Indian journal of veterinary science and animal husbandry - Volumes 18-21, 1948-1951
Year: 1948
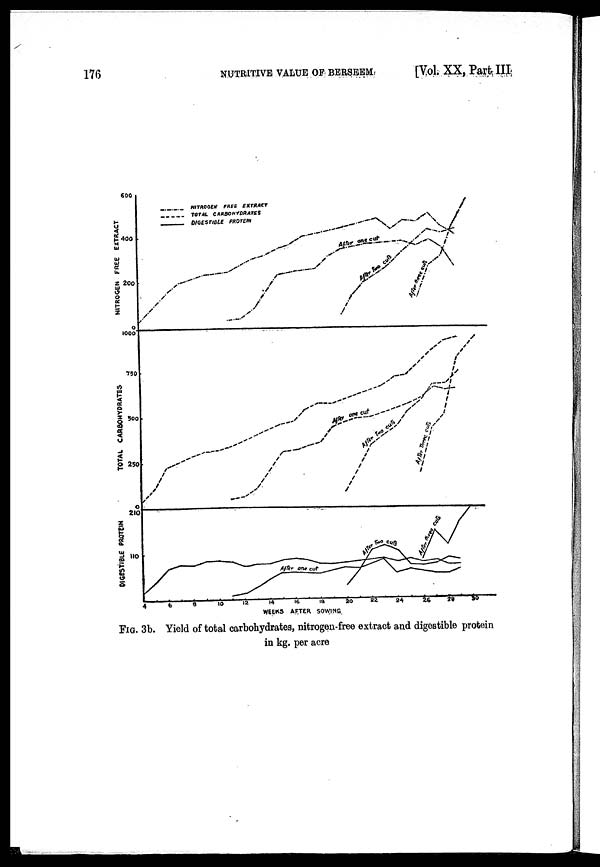
176
NUTRITIVE VALUE OF BERSEEM
[Vol. XX, Part III
FIG. 3b. Yield of total carbohydrates, nitrogen-free extract and digestible protein
in kg. per acre